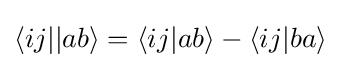
{\textstyle \langle ij||ab\rangle =\langle ij|ab\rangle -\langle ij|ba\rangle }